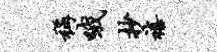
称哦抄禧